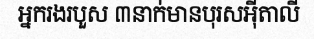
អ្នករងរបួស ៣នាក់មានបុរសអ៊ីតាលី